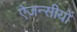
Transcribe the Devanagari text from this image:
ऐजन्सीयों